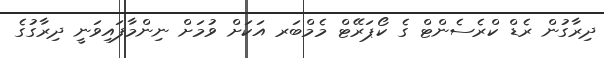
ދިރާގުން ރެޑް ކްރެސެންޓް ގެ ކޯޕަރޭޓް މެމްބަރ އަކަށް ވުމަށް ނިންމާފައިވަނީ ދިރާގުގެ